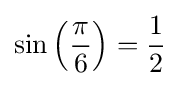
\sin \left({\frac {\pi }{6}}\right)={\frac {1}{2}}